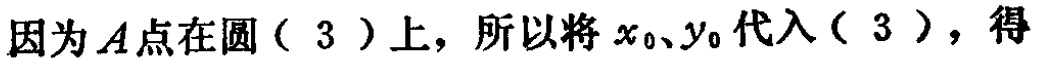
因为\(A\)点在圆（\(3\)）上，所以将\(x_{0}\)、\(y_{0}\)代入（\(3\)），得